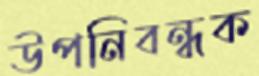
উপনিবন্ধক